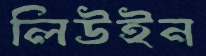
লিউইন